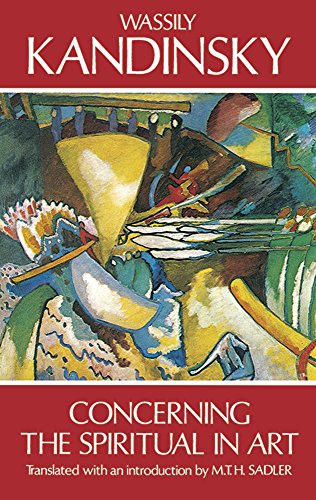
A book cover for Concerning the Spiritual in Art; Wassily Kandinsky; Arts & Photography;